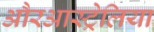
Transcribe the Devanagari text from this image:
औरआस्ट्रेलिया